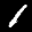
Label: 1